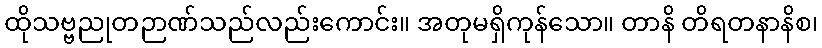
ထိုသဗ္ဗညုတဉာဏ်သည်လည်းကောင်း။ အတုမရှိကုန်သော။ တာနိ တိရတနာနိစ၊